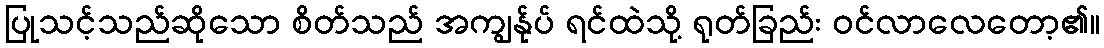
ပြုသင့်သည်ဆိုသော စိတ်သည် အကျွန်ုပ် ရင်ထဲသို့ ရုတ်ခြည်း ဝင်လာလေတော့၏။